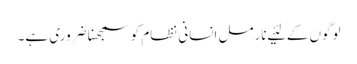
لوگوں‌ کے لئیے نارمل انسانی نظام کو سمجھنا ضروری ہے۔